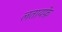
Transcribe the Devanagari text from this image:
लतायफ़े